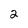
Character: 2